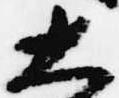
大